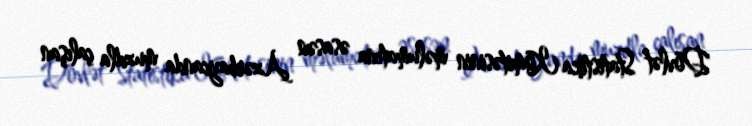
Dövlət Statistika Komitəsinin məlumatına əsasən Azərbaycanda muzdla çalışan